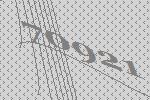
70921